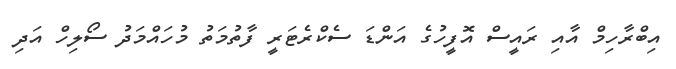
އިބްރާހިމް އާއި ރައީސް އޮފީހުގެ އަންޑަ ސެކްރެޓަރީ ފާތުމަތު މުހައްމަދު ސޯލިހް އަދި